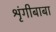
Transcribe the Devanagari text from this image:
श्रृंगीबाबा